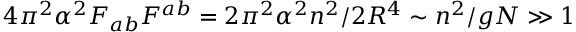
4 \pi ^ { 2 } \alpha ^ { 2 } F _ { a b } F ^ { a b } = 2 \pi ^ { 2 } \alpha ^ { 2 } n ^ { 2 } / 2 R ^ { 4 } \sim n ^ { 2 } / g N \gg 1